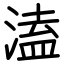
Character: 溘